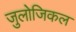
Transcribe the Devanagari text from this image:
जुलोजिकल